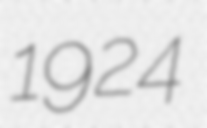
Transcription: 1924